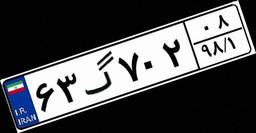
۶۳گ۷۰۲۰۸